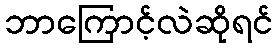
ဘာကြောင့်လဲဆိုရင်